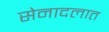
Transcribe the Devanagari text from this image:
सेनादलात